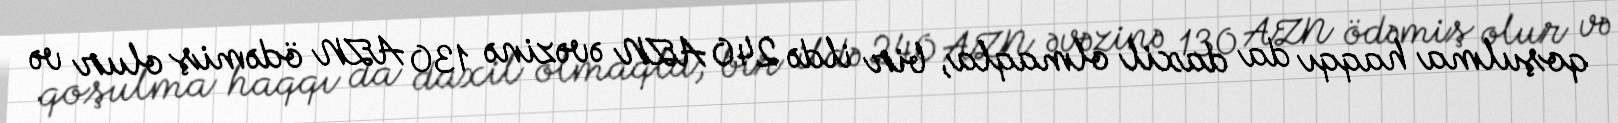
qoşulma haqqı da daxil olmaqla, bir ildə 240 AZN əvəzinə 130 AZN ödəmiş olur və